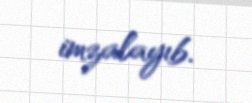
imzalayıb.